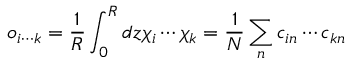
o _ { i \cdots k } = \frac { 1 } { R } \int _ { 0 } ^ { R } d z \chi _ { i } \cdots \chi _ { k } = \frac { 1 } { N } \sum _ { n } c _ { i n } \cdots c _ { k n }